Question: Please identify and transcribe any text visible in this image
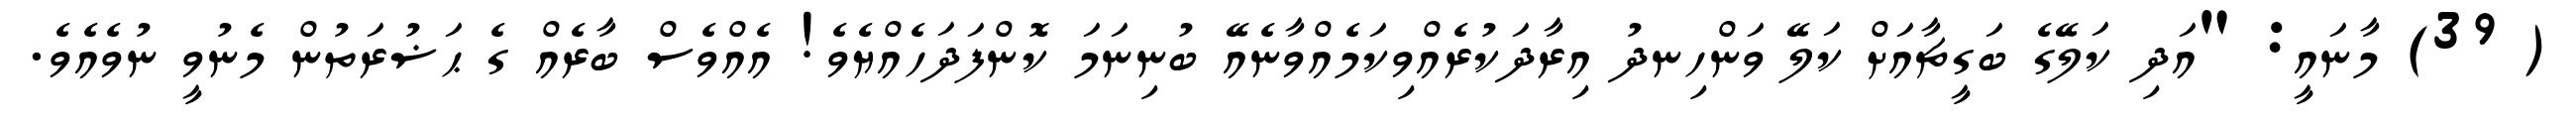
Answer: ( 39) މާނައީ: "އަދި ކަލޭގެ ބަގީޗާއަށް ކަލޭ ވަންހިނދު އިރާދަކުރެއްވިކަމެއްވާނެއޭ ބުނިނަމަ ކޮންފަދަހެއްޔެވެ! އެއްވެސް ބާރެއް ގެ ޙަޟުރަތުން މެނުވީ ނުވެއެވެ.